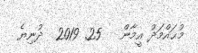
މުޙައްމަދު އީމާން   25